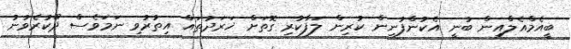
ބީއެމްއެލްއިން ބުނީ އެކުންފުނިން ކުރިން ލަފާކުރި ގޮތަށް ޚަރަދުތައް އިތުރުވި ނަމަވެސް ދޫކުރެވުނު